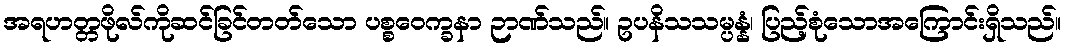
အရဟတ္တဖိုလ်ကိုဆင်ခြင်တတ်သော ပစ္စဝေက္ခနာ ဉာဏ်သည်။ ဥပနိသသမ္ပန္နံ၊ ပြည့်စုံသောအကြောင်းရှိသည်။